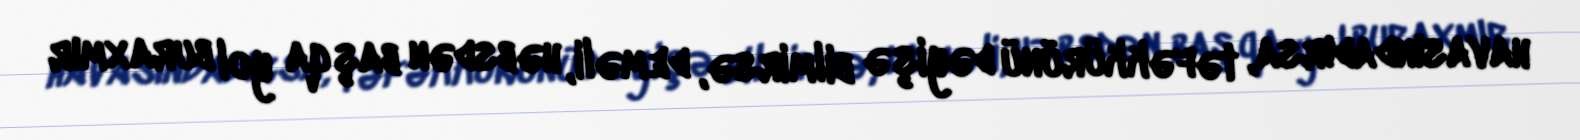
havasındadırsa, təfəkkürünü dəyişə bilmirsə, deməli, həbsdən başqa yol buraxmır